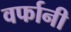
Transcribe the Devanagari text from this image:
वर्फानी